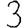
Digit: 3